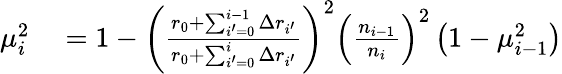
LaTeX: \begin{array}{rl}{\mu_{i}^{2}}&{{}=1-\left(\frac{r_{0}+\sum_{i^{\prime}=0}^{i-1}\Delta r_{i^{\prime}}}{r_{0}+\sum_{i^{\prime}=0}^{i}\Delta r_{i^{\prime}}}\right)^{2}\left(\frac{n_{i-1}}{n_{i}}\right)^{2}\left(1-\mu_{i-1}^{2}\right)}\end{array}